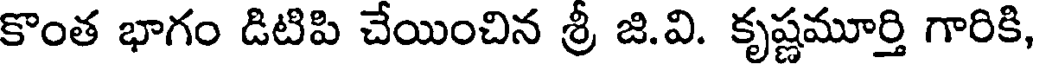
కొంత భాగం డిటిపి చేయించిన శ్రీ జి.వి. కృష్ణమూర్తి గారికి,